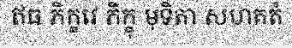
ឥធ ភិក្ខវេ ភិក្ខុ មុទិតា សហគតំ